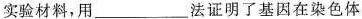
实验材料，用___法证明了基因在染色体